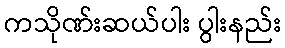
ကသိုဏ်းဆယ်ပါး ပွါးနည်း